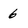
Character: 6